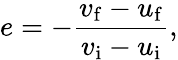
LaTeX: e=-{\frac{v_{\mathrm{f}}-u_{\mathrm{f}}}{v_{\mathrm{i}}-u_{\mathrm{i}}}},